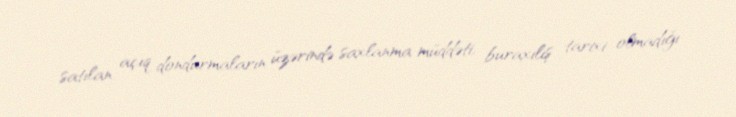
satılan açıq dondurmaların üzərində saxlanma müddəti, buraxılış tarixi olmadığı